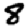
Digit: 8